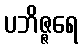
ပဘိဇ္ဇရေ